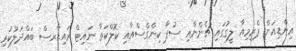
އިންޑިއަން ޕްރިމިއާ ލީގުގައި ޗެންނާއި ސުޕާ ކިންގްސްއާއި ކޮލްކަތާ ނައިޓް ރައިޑާރސް ބައްދަލުކުރި